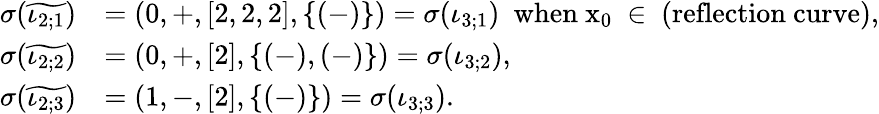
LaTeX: \begin{array}{rl}{\sigma(\widetilde{\iota_{2;1}})}&{=(0,+,[2,2,2],\{ (-)\} )=\sigma(\iota_{3;1})\ \mathrm{~when~x_0~\in~(reflection~curve)},}\\ {\sigma(\widetilde{\iota_{2;2}})}&{=(0,+,[2],\{ (-),(-)\} )=\sigma(\iota_{3;2}),}\\ {\sigma(\widetilde{\iota_{2;3}})}&{=(1,-,[2],\{ (-)\} )=\sigma(\iota_{3;3}).}\end{array}